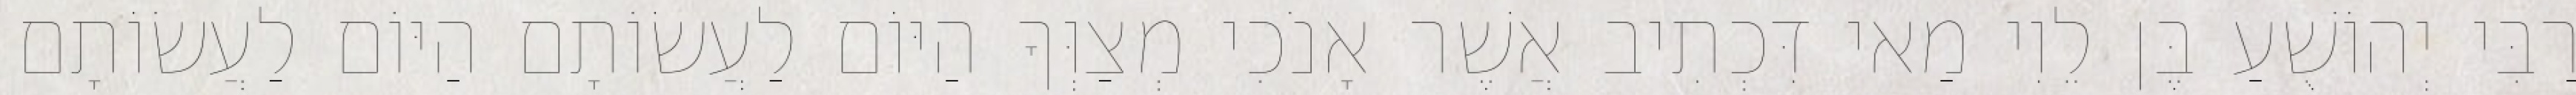
רַבִּי יְהוֹשֻׁעַ בֶּן לֵוִי מַאי דִּכְתִיב אֲשֶׁר אָנֹכִי מְצַוְּךָ הַיּוֹם לַעֲשׂוֹתָם הַיּוֹם לַעֲשׂוֹתָם